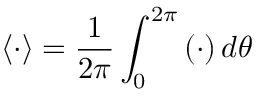
\langle \cdot \rangle = \frac { 1 } { 2 \pi } \int _ { 0 } ^ { 2 \pi } \left( \cdot \right) d \theta